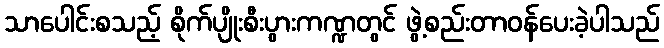
သာပေါင်းစသည့် စိုက်ပျိုးစီးပွားကဏ္ဍတွင် ဖွဲ့စည်းတာဝန်ပေးခဲ့ပါသည်